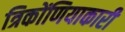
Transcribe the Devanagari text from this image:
त्रिकोंणियाकारी